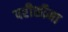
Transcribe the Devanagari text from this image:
परीसीमा